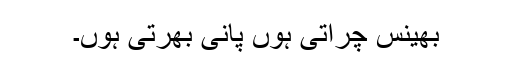
بھینس چراتی ہوں پانی بھرتی ہوں۔